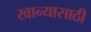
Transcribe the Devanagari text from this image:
खान्यासाठी